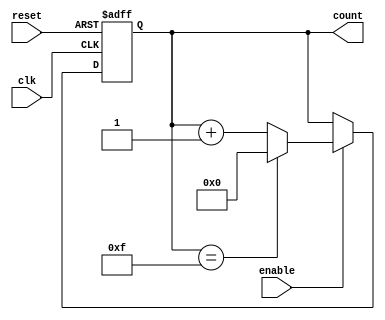
module async_counter #(
    parameter N = 4,                // Number of bits for the counter
    parameter MAX_COUNT = (1 << N) - 1 // Maximum count value (2^N - 1)
)(
    input wire clk,                 // Clock input
    input wire reset,               // Asynchronous reset
    input wire enable,              // Enable counting
    output reg [N-1:0] count        // Current count output
);

    // Asynchronous reset and counting logic
    always @(posedge clk or posedge reset) begin
        if (reset) begin
            count <= 0;              // Reset count to 0
        end else if (enable) begin
            if (count == MAX_COUNT) begin
                count <= 0;          // Roll over to 0
            end else begin
                count <= count + 1;  // Increment count
            end
        end
    end

endmodule